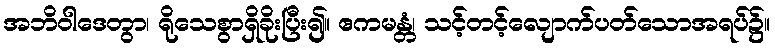
အဘိဝါဒေတွာ၊ ရိုသေစွာရှိခိုးပြီး၍။ ဧကမန္တံ၊ သင့်တင့်လျောက်ပတ်သောအရပ်၌။